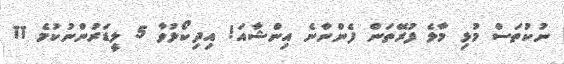
ނުކުތަސް މުޅި މާލެ ފުރޭތަން ފެންނާނެ އިންޝާއަ! އިދިކޯޅުވާ 5 ލީޑަރުންނުކުމެ 11